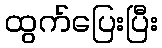
ထွက်ပြေးပြီး